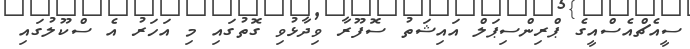
ސީއެޗްއެސްއީގެ ޕްރިންސިޕަލް އައިޝަތު ސޮފޫރާ ވިދާޅުވި ގޮތުގައި މި އަހަރު އެ ސްކޫލުގައި